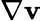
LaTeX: \nabla\boldsymbol{\mathbf{v}}